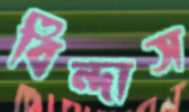
বিন্দাস